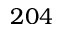
2 0 4